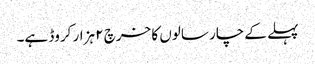
پہلے کے چار سالوں کا خرچ ۲ ہزار کروڈ ہے۔